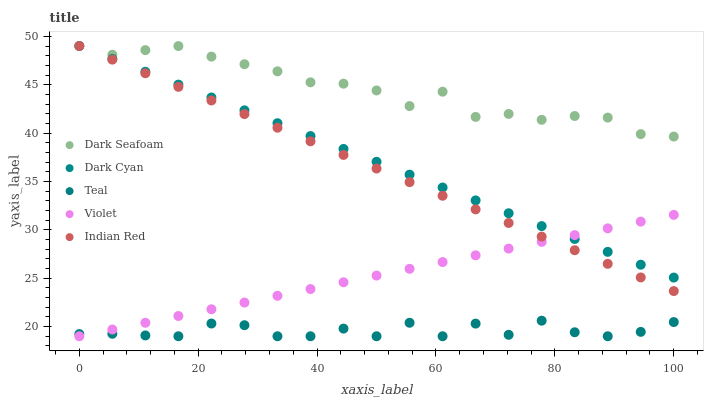
| xaxis_label | Dark Seafoam | Dark Cyan | Teal | Violet | Indian Red |
 | --- | --- | --- | --- | --- | --- |
 | 0 | 49 | 49 | 19.2 | 19 | 49 |
 | 5.56 | 48.1 | 47.7 | 19.3 | 19.7 | 47.6 |
 | 11.1 | 48.6 | 46.3 | 19.1 | 20.4 | 46.2 |
 | 16.7 | 49 | 45 | 19 | 21.1 | 44.8 |
 | 22.2 | 47.9 | 43.7 | 20.3 | 21.8 | 43.4 |
 | 27.8 | 47.1 | 42.4 | 20.1 | 22.5 | 42 |
 | 33.3 | 46.4 | 41 | 19 | 23.2 | 40.6 |
 | 38.9 | 45.2 | 39.7 | 19 | 23.9 | 39.2 |
 | 44.4 | 45.1 | 38.4 | 19.8 | 24.6 | 37.7 |
 | 50 | 44.4 | 37 | 19 | 25.3 | 36.3 |
 | 55.6 | 42.8 | 35.7 | 20.4 | 26 | 34.9 |
 | 61.1 | 44.3 | 34.4 | 19 | 26.7 | 33.5 |
 | 66.7 | 41.7 | 33 | 20.3 | 27.4 | 32.1 |
 | 72.2 | 42 | 31.7 | 19.2 | 28.1 | 30.7 |
 | 77.8 | 41.4 | 30.4 | 20.6 | 28.8 | 29.3 |
 | 83.3 | 41.8 | 29.1 | 19.4 | 29.5 | 27.9 |
 | 88.9 | 41.6 | 27.7 | 19 | 30.2 | 26.5 |
 | 94.4 | 39.9 | 26.4 | 19.5 | 30.8 | 25.1 |
 | 100 | 39.6 | 25.1 | 20.5 | 31.5 | 23.7 |